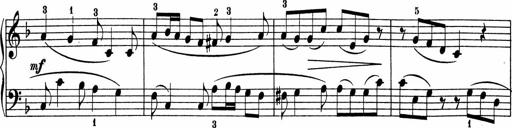
Title: 5 Sonatinen fÃ¼r die Jugend
Composer: Carl Reinecke